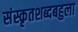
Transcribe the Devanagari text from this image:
संस्कृतशब्दबहुला